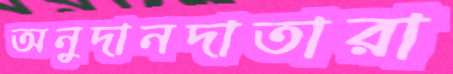
অনুদানদাতারা